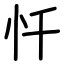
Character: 忏